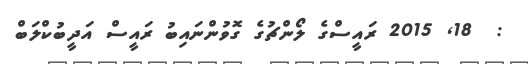
:  18